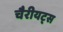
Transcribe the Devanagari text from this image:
चैरीयट्स